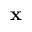
\textbf { x }